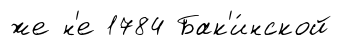
же н'е 1784 Бак'и́нской